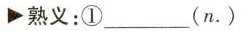
熟义:①__(n.)